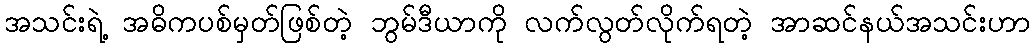
အသင်းရဲ့ အဓိကပစ်မှတ်ဖြစ်တဲ့ ဘွမ်ဒီယာကို လက်လွတ်လိုက်ရတဲ့ အာဆင်နယ်အသင်းဟာ